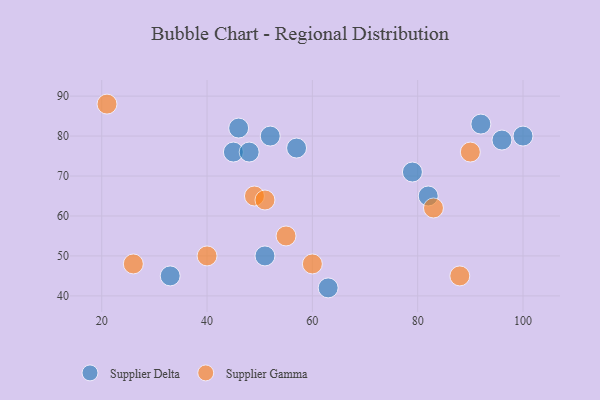
{"axis": {"x": "GDP", "y": "Life Expectancy"}, "legend": ["Supplier Delta", "Supplier Gamma"], "data": [{"x": "100", "y": 80, "type": "Supplier Delta"}, {"x": "51", "y": 50, "type": "Supplier Delta"}, {"x": "96", "y": 79, "type": "Supplier Delta"}, {"x": "33", "y": 45, "type": "Supplier Delta"}, {"x": "57", "y": 77, "type": "Supplier Delta"}, {"x": "45", "y": 76, "type": "Supplier Delta"}, {"x": "82", "y": 65, "type": "Supplier Delta"}, {"x": "48", "y": 76, "type": "Supplier Delta"}, {"x": "46", "y": 82, "type": "Supplier Delta"}, {"x": "79", "y": 71, "type": "Supplier Delta"}, {"x": "63", "y": 42, "type": "Supplier Delta"}, {"x": "52", "y": 80, "type": "Supplier Delta"}, {"x": "92", "y": 83, "type": "Supplier Delta"}, {"x": "60", "y": 48, "type": "Supplier Gamma"}, {"x": "88", "y": 45, "type": "Supplier Gamma"}, {"x": "26", "y": 48, "type": "Supplier Gamma"}, {"x": "40", "y": 50, "type": "Supplier Gamma"}, {"x": "21", "y": 88, "type": "Supplier Gamma"}, {"x": "49", "y": 65, "type": "Supplier Gamma"}, {"x": "90", "y": 76, "type": "Supplier Gamma"}, {"x": "55", "y": 55, "type": "Supplier Gamma"}, {"x": "83", "y": 62, "type": "Supplier Gamma"}, {"x": "51", "y": 64, "type": "Supplier Gamma"}]}